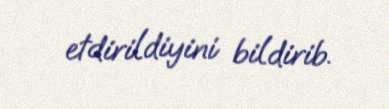
etdirildiyini bildirib.